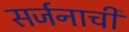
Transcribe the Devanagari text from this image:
सर्जनाची